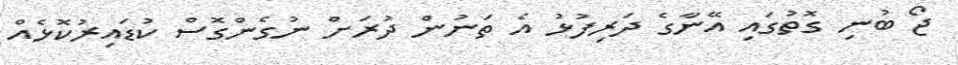
ޖޯ ބުނި ގޮތުގައި އޭނާގެ ދަރިފުޅު އެ ތަނުން ދުރަށް ނުގެންގޮސް ކުޑައިރުކޮޅެއް